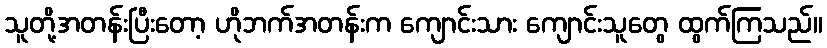
သူတို့အတန်းပြီးတော့ ဟိုဘက်အတန်းက ကျောင်းသား ကျောင်းသူတွေ ထွက်ကြသည်။